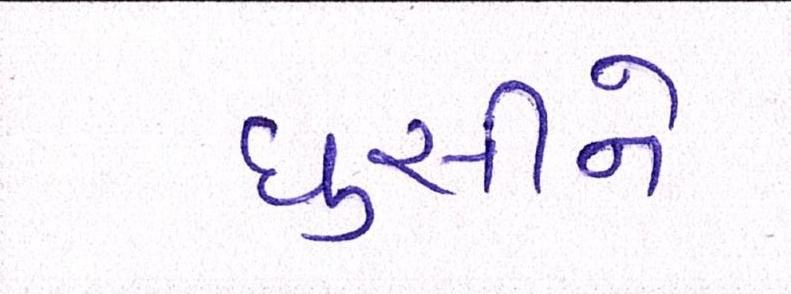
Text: ઘુસીને